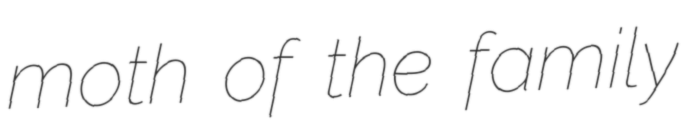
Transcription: moth of the family